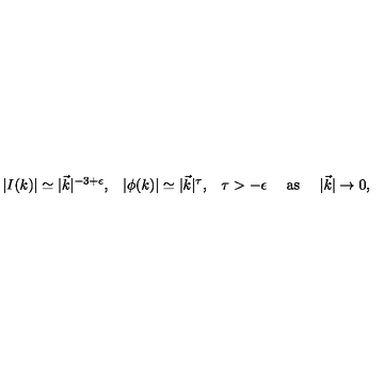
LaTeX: \begin{array} { c c c c c } { | I ( k ) | \simeq | \vec { k } | ^ { - 3 + \epsilon } , } & { | \phi ( k ) | \simeq | \vec { k } | ^ { \tau } , } & { \tau > - \epsilon } & { \mathrm { \ a s \ } } & { | \vec { k } | \rightarrow 0 , } \\ \end{array}